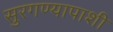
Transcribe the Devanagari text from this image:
सुरगण्यापाशी